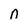
Character: n